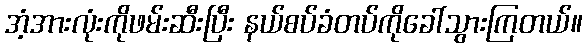
အံ့အားလုံးကိုဖမ်းဆီးပြီး နယ်စပ်ခံတပ်ကိုခေါ်သွားကြတယ်။